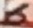
Text: 6